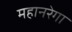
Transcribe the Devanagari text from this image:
महानरेगा